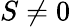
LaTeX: S\neq 0